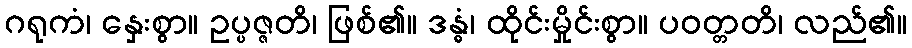
ဂရုကံ၊ နှေးစွာ။ ဥပ္ပဇ္ဇတိ၊ ဖြစ်၏။ ဒန္ဓံ၊ ထိုင်းမှိုင်းစွာ။ ပဝတ္တတိ၊ လည်၏။